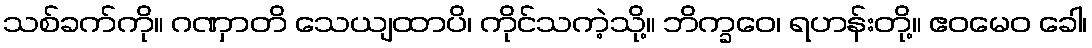
သစ်ခက်ကို။ ဂဏှာတိ သေယျထာပိ၊ ကိုင်သကဲ့သို့။ ဘိက္ခဝေ၊ ရဟန်းတို့။ ဧဝမေဝ ခေါ၊